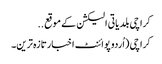
کراچی بلدیاتی الیکشن کے موقع ..
کراچی (اُردو پوائنٹ اخبارتازہ ترین۔